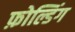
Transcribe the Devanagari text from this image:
फ़ोल्डिंग